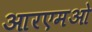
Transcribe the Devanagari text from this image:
आरएमओ